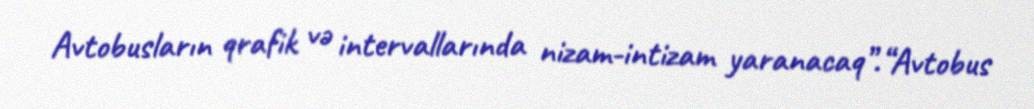
Avtobusların qrafik və intervallarında nizam-intizam yaranacaq”.“Avtobus